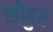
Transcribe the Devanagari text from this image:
सोढुर